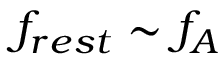
f _ { r e s t } \sim f _ { A }